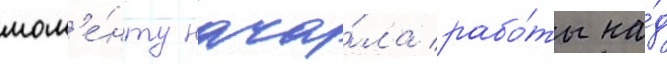
мом'е́нту нача́ла рабо́ты на́д